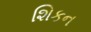
શિકન